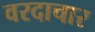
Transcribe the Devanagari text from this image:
वरदाचार